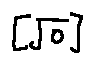
[ \sqrt { o } ]